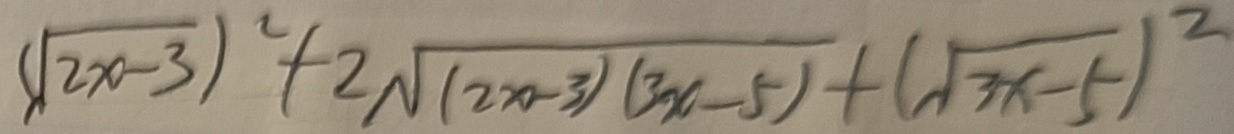
( \sqrt { 2 x - 3 } ) ^ { 2 } + 2 \sqrt { ( 2 x - 3 ) ( 3 x - 5 ) } + ( \sqrt { 3 x - 5 } ) ^ { 2 }